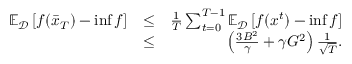
\begin{array} { r l r } { \mathbb { E } _ { \mathcal { D } } \left[ f ( \bar { x } _ { T } ) - \operatorname* { i n f } f \right] } & { \leq } & { \frac { 1 } { T } \sum _ { t = 0 } ^ { T - 1 } \mathbb { E } _ { \mathcal { D } } \left[ f ( x ^ { t } ) - \operatorname* { i n f } f \right] } \\ & { \leq } & { \left( \frac { 3 B ^ { 2 } } { \gamma } + { \gamma G ^ { 2 } } \right) \frac { 1 } { \sqrt { T } } . } \end{array}